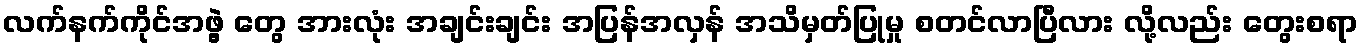
လက်နက်ကိုင်အဖွဲ့ တွေ အားလုံး အချင်းချင်း အပြန်အလှန် အသိမှတ်ပြုမှု စတင်လာပြီလား လို့လည်း တွေးစရာ